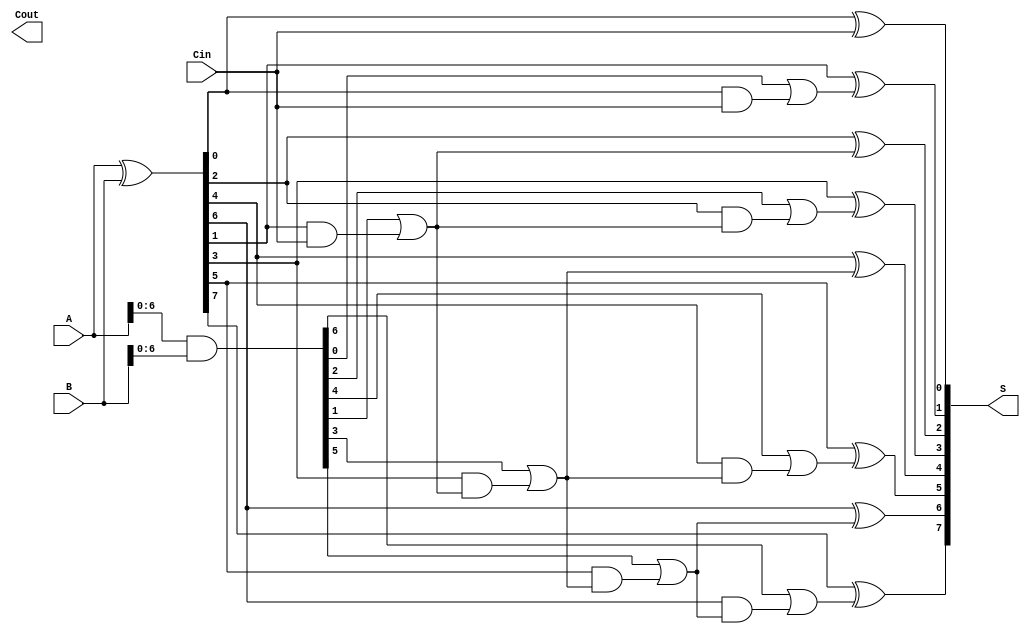
module Sklansky_Adder #(parameter n = 8) (
    input [n-1:0] A,
    input [n-1:0] B,
    input Cin,
    output [n-1:0] S,
    output Cout
);
    wire [n-1:0] G; // Generate signals
    wire [n-1:0] P; // Propagate signals
    wire [n:0] C;   // Carry signals

    // Generate and Propagate
    assign G = A & B;         // G[i] = A[i] & B[i]
    assign P = A ^ B;         // P[i] = A[i] ^ B[i]
    
    // Carry signals computation
    assign C[0] = Cin; // Carry-in for LSB
    genvar i;
    
    // Level 1
    generate
        for (i = 0; i < n; i = i + 1) begin : level1
            if (i % 2 == 1) begin
                assign C[i] = G[i-1] | (P[i-1] & C[i-1]);
            end
        end
    endgenerate

    // Level 2
    generate
        for (i = 0; i < n; i = i + 2) begin : level2
            if (i + 2 < n) begin
                assign C[i + 2] = G[i + 1] | (P[i + 1] & C[i]);
            end
        end
    endgenerate
    
    // Level 3
    generate
        for (i = 0; i < n; i = i + 4) begin : level3
            if (i + 4 < n) begin
                assign C[i + 4] = G[i + 3] | (P[i + 3] & C[i + 2]);
            end
        end
    endgenerate

    // Final carry-out
    assign Cout = C[n];

    // Sum calculation
    generate
        for (i = 0; i < n; i = i + 1) begin : sum
            assign S[i] = P[i] ^ C[i]; // S[i] = P[i] ^ C[i-1]
        end
    endgenerate

endmodule